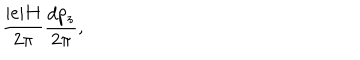
\frac { \vert e \vert H } { 2 \pi } \frac { d p _ { z } } { 2 \pi } , \nonumber